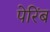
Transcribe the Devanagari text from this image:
पेरिंब